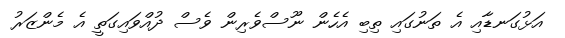
އަޅުގަނޑާއި އެ ތަނުގައި ތިބި އެހެން ނޫސްވެރިން ވެސް ދުއްވައިގަތީ އެ މެންޒަރު